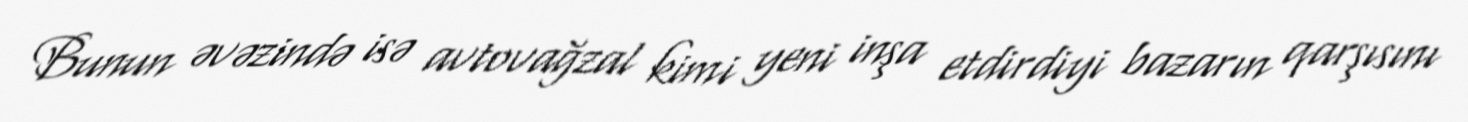
Bunun əvəzində isə avtovağzal kimi yeni inşa etdirdiyi bazarın qarşısını